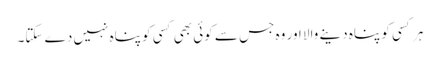
ہر کسی کو پناہ دینے والا اور وہ جس سے کوئی بھی کسی کو پناہ نہیں دے سکتا۔